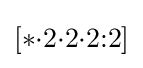
[*{\cdot }2{\cdot }2{\cdot }2{:}2]